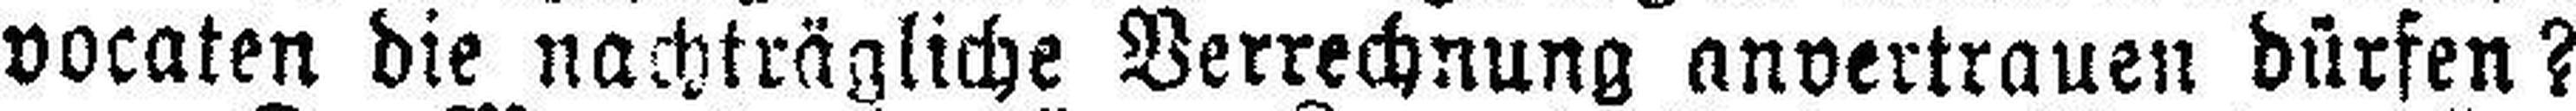
vocaten die nachträgliche Verrechnung anvertrauen dürfen?